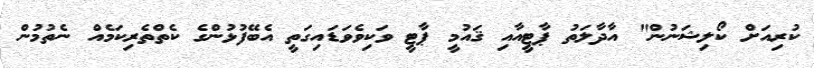
ކުރިއަށް ކޯލިޝަނުން" އާދާލަތު ޕާޓީއާއި ޤައުމީ ޕާޓީ ވަކިވެވަޑައިގަތީ އެބޭފުޅުންގެ ކެތްތެރިކަމެއް ނެތުމުން